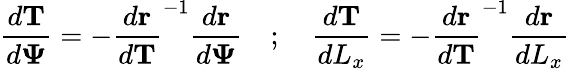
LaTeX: \frac{d\mathbf{T}}{d\mathbf{\Psi}}=-\frac{d\mathbf{r}}{d\mathbf{T}}^{-1}\frac{d\mathbf{r}}{d\mathbf{\Psi}}\quad;\quad\frac{d\mathbf{T}}{dL_{x}}=-\frac{d\mathbf{r}}{d\mathbf{T}}^{-1}\frac{d\mathbf{r}}{dL_{x}}